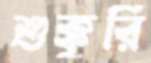
শুক্কুরি